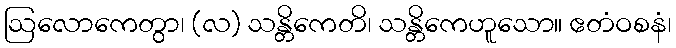
ဩလောကေတွာ၊ (လ) သန္တိကေတိ၊ သန္တိကေဟူသော။ ဧတံဝစနံ၊